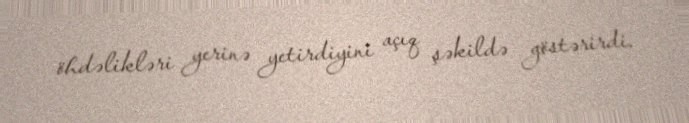
öhdəlikləri yerinə yetirdiyini açıq şəkildə göstərirdi.